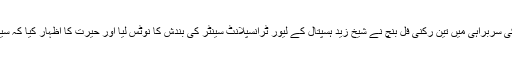
چیف جسٹس پاکستان جسٹس میاں ثاقب نثار کی سربراہی میں تین رکنی فل بنچ نے شیخ زید ہسپتال کے لیور ٹرانسپلانٹ سینٹر کی بندش کا نوٹس لیا اور حیرت کا اظہار کیا کہ سینٹر کو کس اتھارٹی کے تحت بند کیا گیا ہے۔